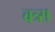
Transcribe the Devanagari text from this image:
वत्र्स